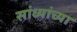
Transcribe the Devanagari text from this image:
सांध्यांच्या